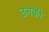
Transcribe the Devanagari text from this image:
उनकीे